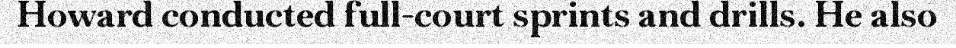
Howard conducted full-court sprints and drills. He also